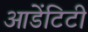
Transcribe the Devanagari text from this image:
आडेंटिटी